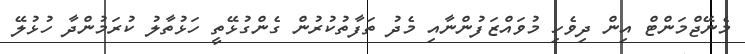
މެނޭޖްމަންޓް އިން ދިވެހި މުވައްޒަފުންނާއި މެދު ތަފާތުކުރުން ގެންގުޅޭތީ ހަޅުތާލު ކުރަމުންދާ ހުޅުލޭ